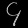
Digit: ၄